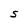
Character: S